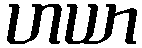
ဟယာ